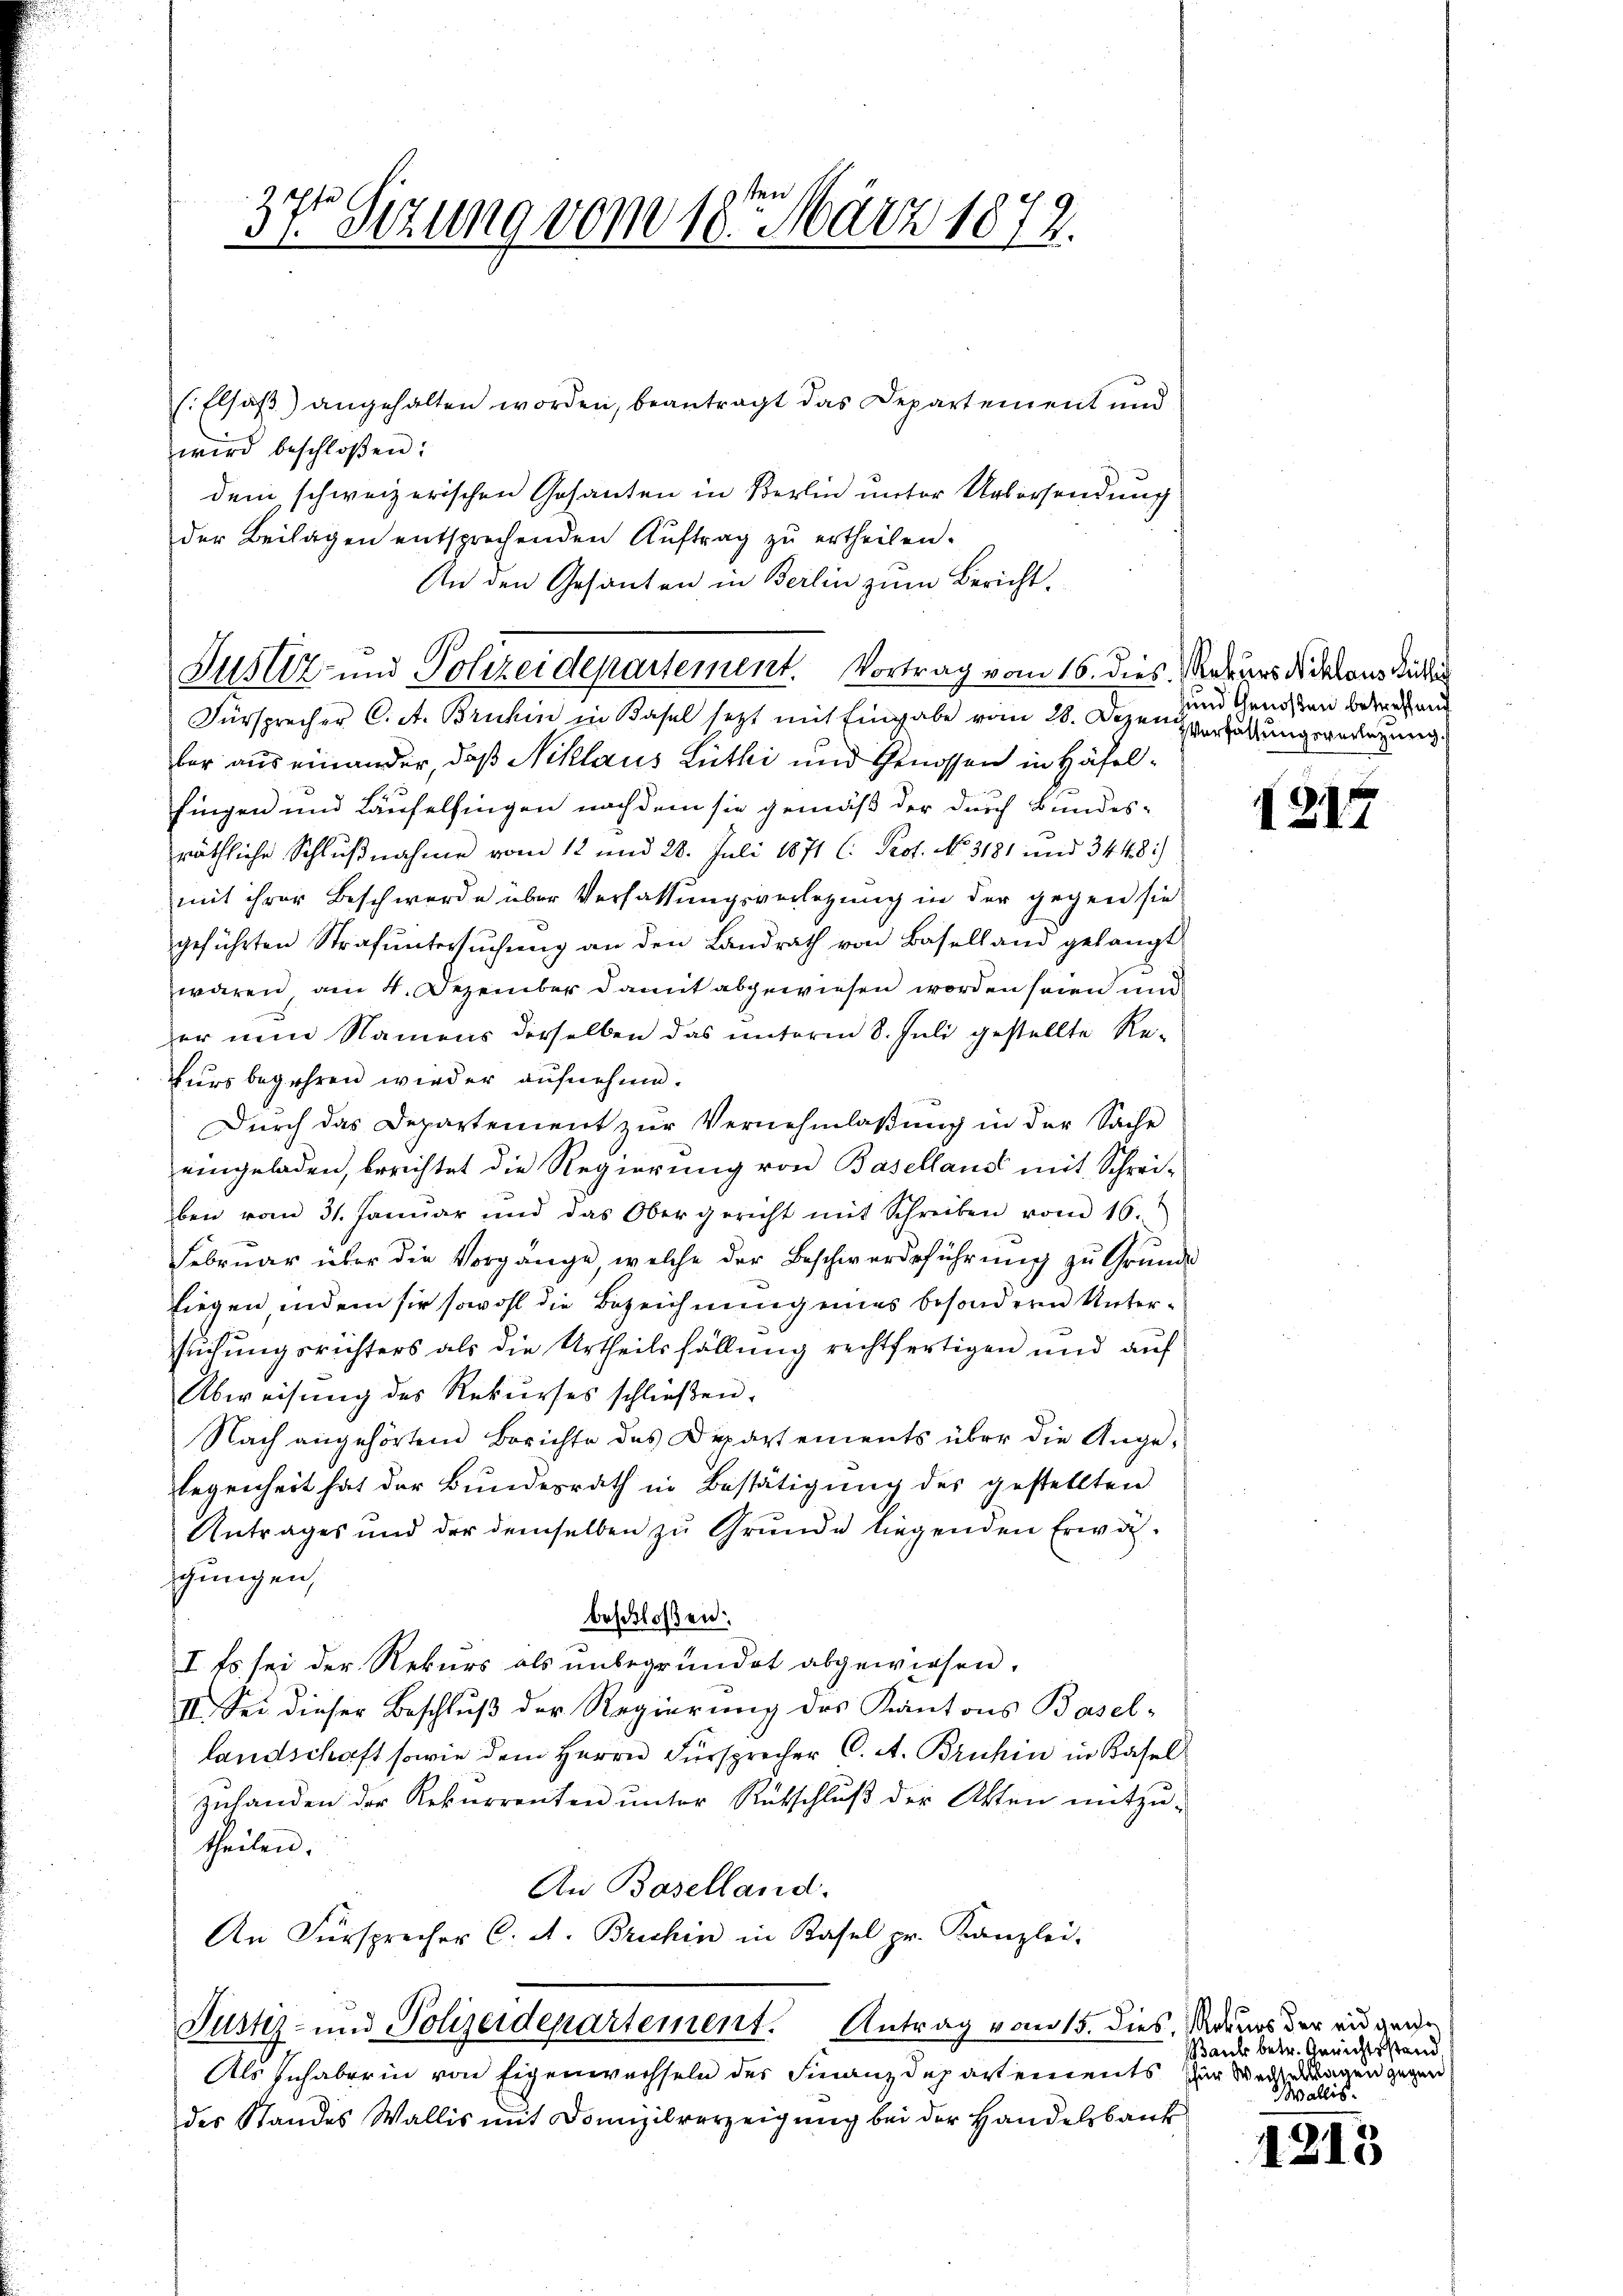
Zustiz- und Polizeidepartement. Vortrag vom 16. dies Rekurs daraus Rüti

3sten
37r Sitzung vom 10. März 1872.

s: Elsaß) angehalten worden, beantragt das Departement und
wird beschloßen:
dem schweizerischen Gesanten in Berlin unter Uebersendung
der Beilagen entsprechenden Aŭftrag zŭ ertheilen.
An den Gesanten in Berlin zum Bericht¬
Fürsprecher C. A. Bruhin in Basel setzt mit Eingabe vom 28. Appen verhaltungsverlegung
ber aus einander, daß Niklaus Lüthi und Genossen in Häfelfingen und Laufelsingen nachdem sie gemäß der durch Bundes-
räthliche Schlußnahme vom 12 und 28. Juli 1871 (: Prof. No. 3181 und 3448:
mit ihrer Beschwerde über Verhaltungsverlegung in der gegen sie
geführten Strafuntersuchung an den Landrath von Baselland gelangt
wären, am 4. Dezember damit abgewiesen worden seien und
er nun Namens derselben das unterm 8. Juli gestellte Re-
kurs begehren wieder aufnehme.
Durch das Departement zur Vernehmlassung in der Sache
eingeladen, berichtet die Regierung von Basellaus mit Schrei-
ben vom 31. Januar und das Obergericht mit Schreiben vom 16.
Februar über die Vorgänge, welche der Beschwerdeführung zu Grunde
liegen, indem sie sowohl die Bezeichnung eines besondern Untersuchungsrichters als die Urtheilsfällung rechtfertigen und auf
Abweisŭng des Rekŭrses schlieβen.
Nach angehörten Berichte des Departements über die Angelegenheit hat der Bundesrath in Bestätigung des gestellten
Antrages und der demselben zu Grunde liegenden Erwägungen,
beschloßen:
I. Es sei der Rekurs als unbegründet abgewiesen.
II. Sei dieser Beschlŭβ der Regierŭng des Kantons Basel-
landschaft sowie dem Herrn Fürsprecher C. A. Bruhin in Basel
zuhanden der Rekurrenten unter Rutschluß der Akten mitzu-
theilen.
An Baselland.
An Fürsprecher C. A. Bruchin in Kasel pr. Kanzlei-
Justiz- und Polizeidepartement. Antrag vom 15. dies, Maturs der an gege
Als sich aber in von Eigenwachseln der Finanzdepartements zur Wendungen gegen
des Standes Wallis mit Domizilverzeigung bei der Handelsbank

und Genoßen betreffend

121

Bank betr. Gerichtsstand,
Wallis.

1215